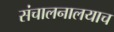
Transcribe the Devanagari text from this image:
संचालनालयाच